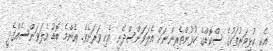
އެކި ކުޅިވަރުތަކުގެ ސްކޮޑްގެ ކުޅުންތެރިންނަށް އެލަވަންސްދެނީ އެކި ވަރަށެވެ. އެންމެ ބޮޑު އެލަވަންސެއްގެދީ